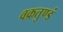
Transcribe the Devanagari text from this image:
वक्रतुण्डं